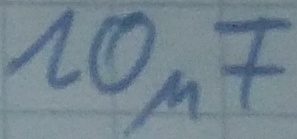
Text: 10µF